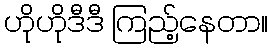
ဟိုဟိုဒီဒီ ကြည့်နေတာ။